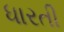
ધારતી